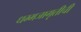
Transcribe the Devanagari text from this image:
धम्मजागृतीची